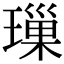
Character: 璅